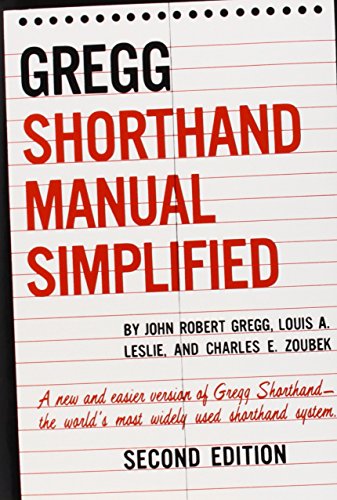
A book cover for The GREGG Shorthand Manual Simplified; John Gregg; Business & Money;